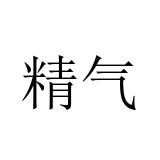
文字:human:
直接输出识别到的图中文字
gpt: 精气